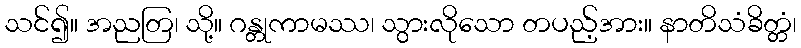
သင်၍။ အညတြ၊ သို့။ ဂန္တုကာမဿ၊ သွားလိုသော တပည့်အား။ နာတိသံခိတ္တံ၊